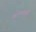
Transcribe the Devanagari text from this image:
खटल्यांनाही